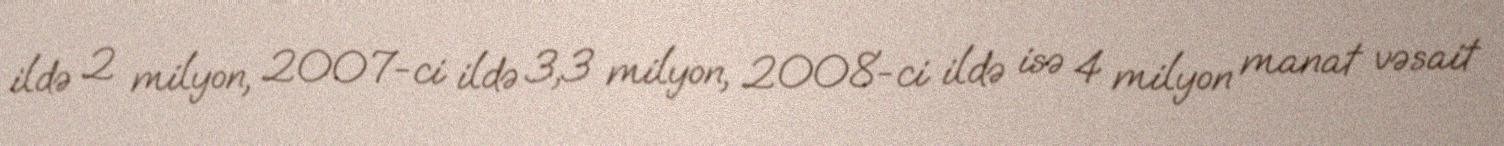
ildə 2 milyon, 2007-ci ildə 3,3 milyon, 2008-ci ildə isə 4 milyon manat vəsait